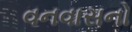
વનવાસનો